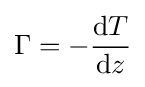
\Gamma =-{\frac {\mathrm {d} T}{\mathrm {d} z}}